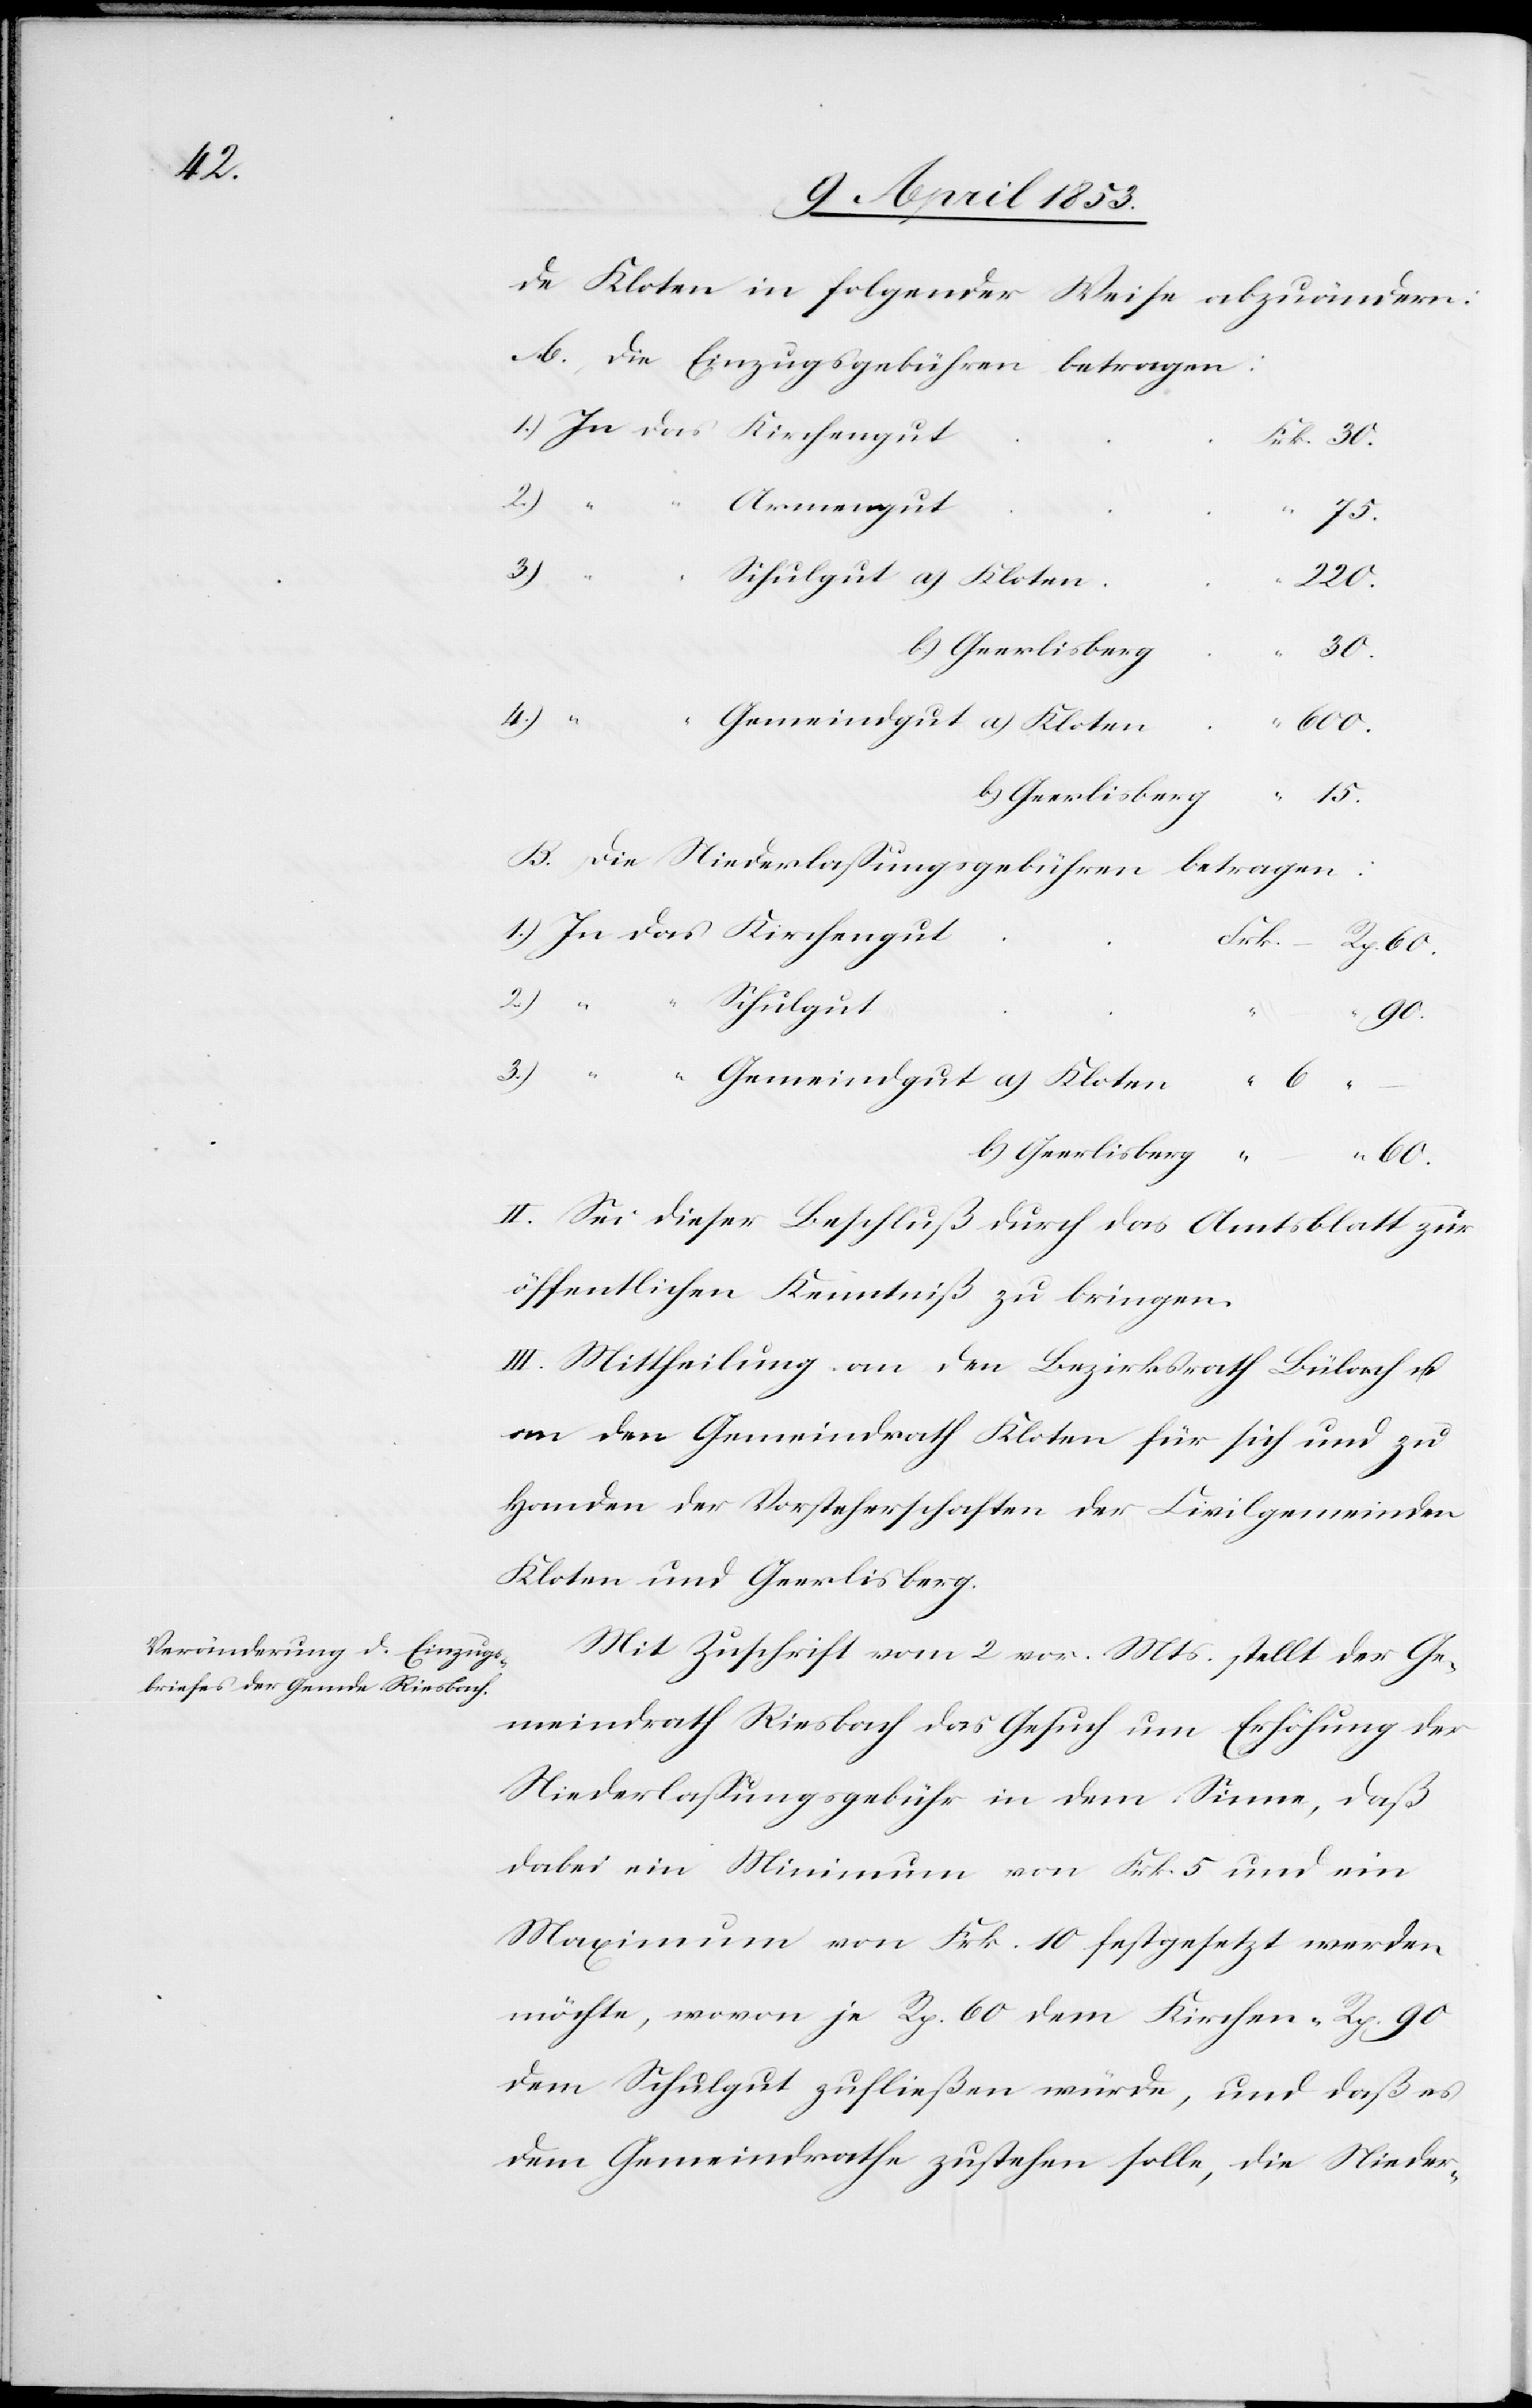
de Kloten in folgender Weise abzuändern:
A., Die Einzugsgebühren betragen:
b)
a)
1.)
das
30.
B. Die Niederlaßungsgebühren
betragen:
60.
II. Sei dieser Beschluß durch das Amtsblatt zur
öffentlichen Kenntniß zu bringen.
III. Mittheilung an den Bezirksrath Bülach u.
an den Gemeindrath Kloten für sich und zu
Handen der Vorsteherschaft der Civilgemeinden
Kloten und Geerlisberg.
Mit Zuschrift vom 2 vor. Mts. stellt der Ge¬
meindrath Riesbach das Gesuch um Erhöhung der
Niederlaßungsgebühr in dem Sinne, daß
dabei ein Minimum von Frk. 5 und ein
Maximum von Frk. 10 festgesetzt werden
möchte, wovon je Rp. 60 dem Kirchen- Rp. 90
dem Schulgut zufließen würde, und daß es
dem Gemeindrathe zustehen solle, die Nieder-